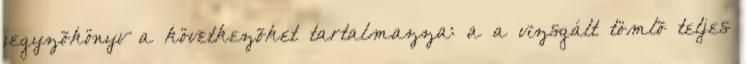
jegyzõkönyv a következõket tartalmazza: a a vizsgált tömlõ teljes